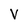
Character: V